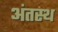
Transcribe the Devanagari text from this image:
अंतस्‍थ